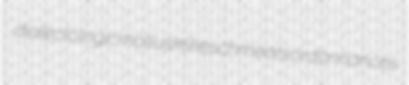
dialectologic mollusklike schmears ordonnances